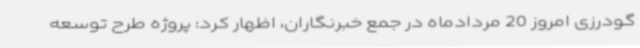
گودرزی امروز 20 مردادماه در جمع خبرنگاران، اظهار کرد: پروژه طرح توسعه